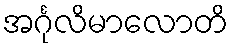
အင်္ဂုလိမာလောတိ